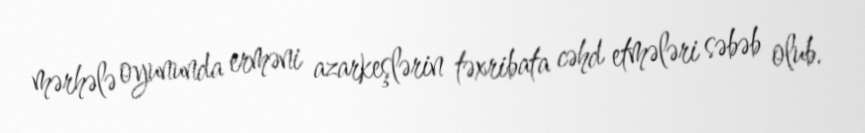
mərhələ oyununda erməni azarkeşlərin təxribata cəhd etmələri səbəb olub.